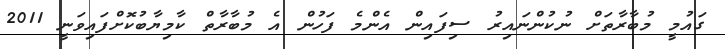
ގައުމީ މުބާރާތަށް ނުކުންނައިރު ސިފައިން އެންމެ ފަހުން އެ މުބާރާތް ކާމިޔާބުކޮށްފައިވަނީ 2011